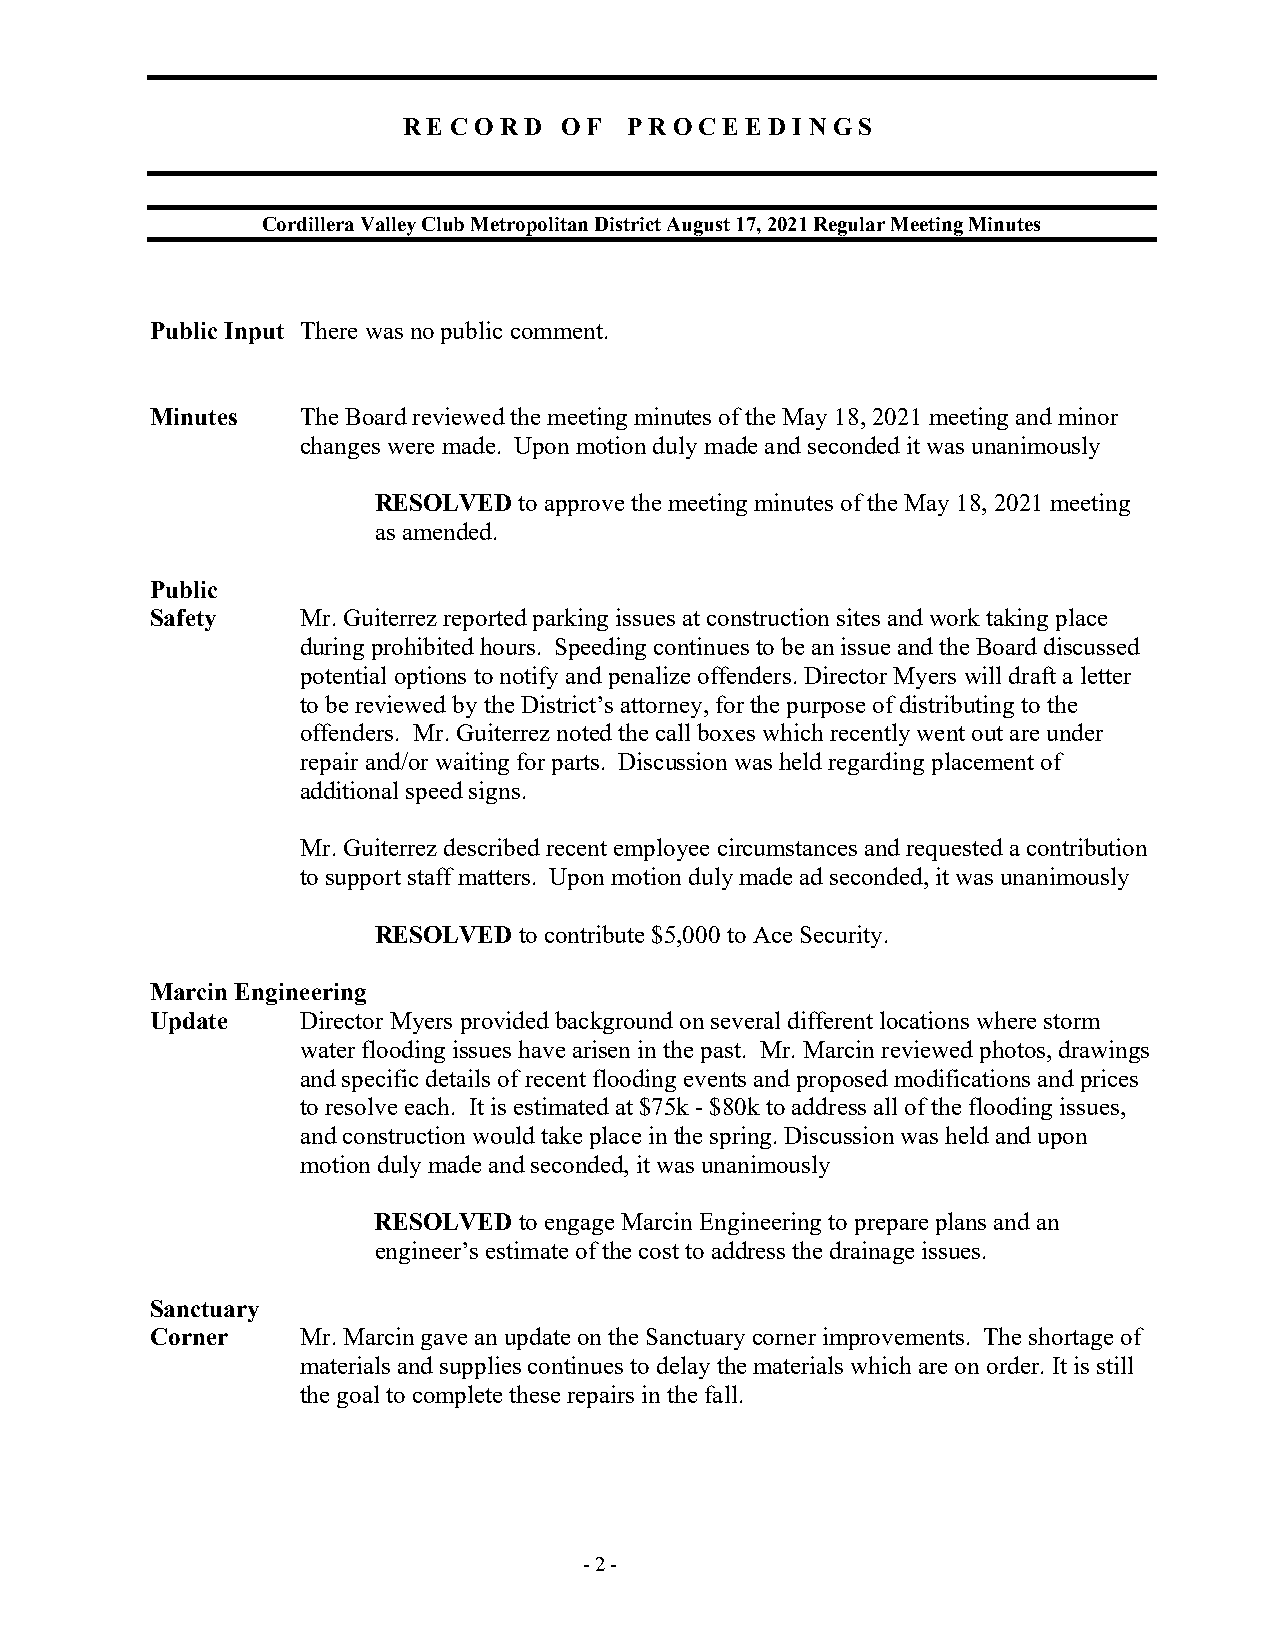
R E C O R D O F P R O C E E D I N G S
 Cordillera Valley Club Metropolitan District August 17, 2021 Regular Meeting Minutes
 Public Input There was no public comment.
 Minutes   The Board reviewed the meeting minutes of the May 18, 2021 meeting and minor
 changes were made. Upon motion duly made and seconded it was unanimously
 RESOLVED to approve the meeting minutes of the May 18, 2021 meeting
 as amended.
 Public
 Safety    Mr. Guiterrez reported parking issues at construction sites and work taking place
 during prohibited hours. Speeding continues to be an issue and the Board discussed
 potential options to notify and penalize offenders. Director Myers will draft a letter
 to be reviewed by the District’s attorney, for the purpose of distributing to the
 offenders. Mr. Guiterrez noted the call boxes which recently went out are under
 repair and/or waiting for parts. Discussion was held regarding placement of
 additional speed signs.
 Mr. Guiterrez described recent employee circumstances and requested a contribution
 to support staff matters. Upon motion duly made ad seconded, it was unanimously
 RESOLVED to contribute $5,000 to Ace Security.
 Marcin Engineering
 Update    Director Myers provided background on several different locations where storm
 water flooding issues have arisen in the past. Mr. Marcin reviewed photos, drawings
 and specific details of recent flooding events and proposed modifications and prices
 to resolve each. It is estimated at $75k - $80k to address all of the flooding issues,
 and construction would take place in the spring. Discussion was held and upon
 motion duly made and seconded, it was unanimously
 RESOLVED to engage Marcin Engineering to prepare plans and an
 engineer’s estimate of the cost to address the drainage issues.
 Sanctuary
 Corner    Mr. Marcin gave an update on the Sanctuary corner improvements. The shortage of
 materials and supplies continues to delay the materials which are on order. It is still
 the goal to complete these repairs in the fall.
 - 2 -